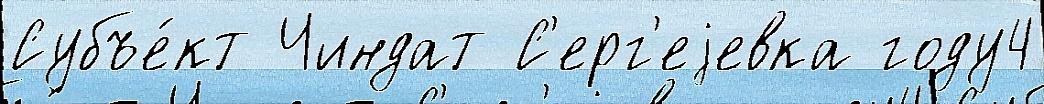
Субъе́кт Чиндат С'ерг'еjевка году4